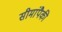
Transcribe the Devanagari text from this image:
सीमांपैकी